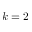
k = 2